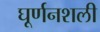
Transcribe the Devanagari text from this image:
घूर्णनशली